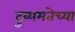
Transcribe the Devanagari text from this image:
दुय्यमतेच्या